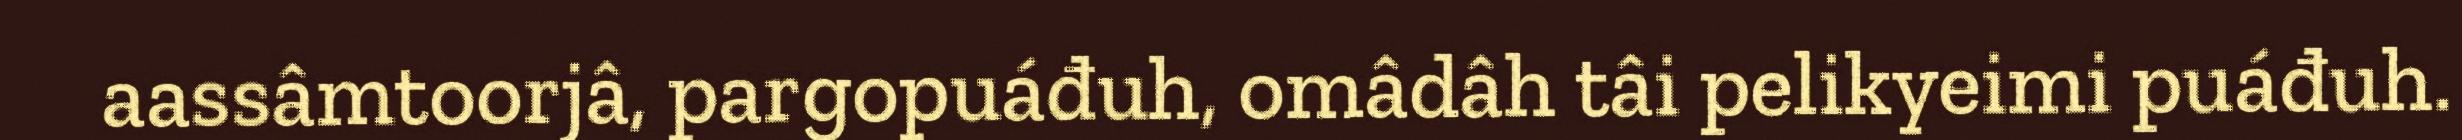
aassâmtoorjâ, pargopuáđuh, omâdâh tâi pelikyeimi puáđuh.